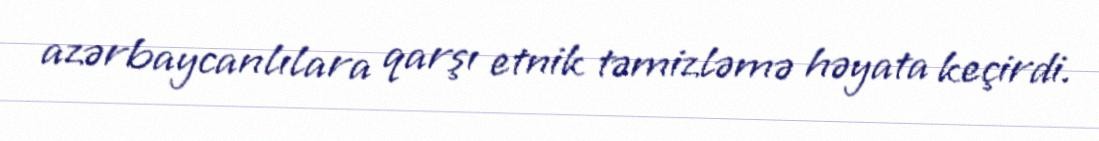
azərbaycanlılara qarşı etnik təmizləmə həyata keçirdi.